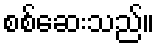
စစ်ဆေးသည်။